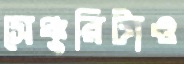
সেঞ্চুরিটাও